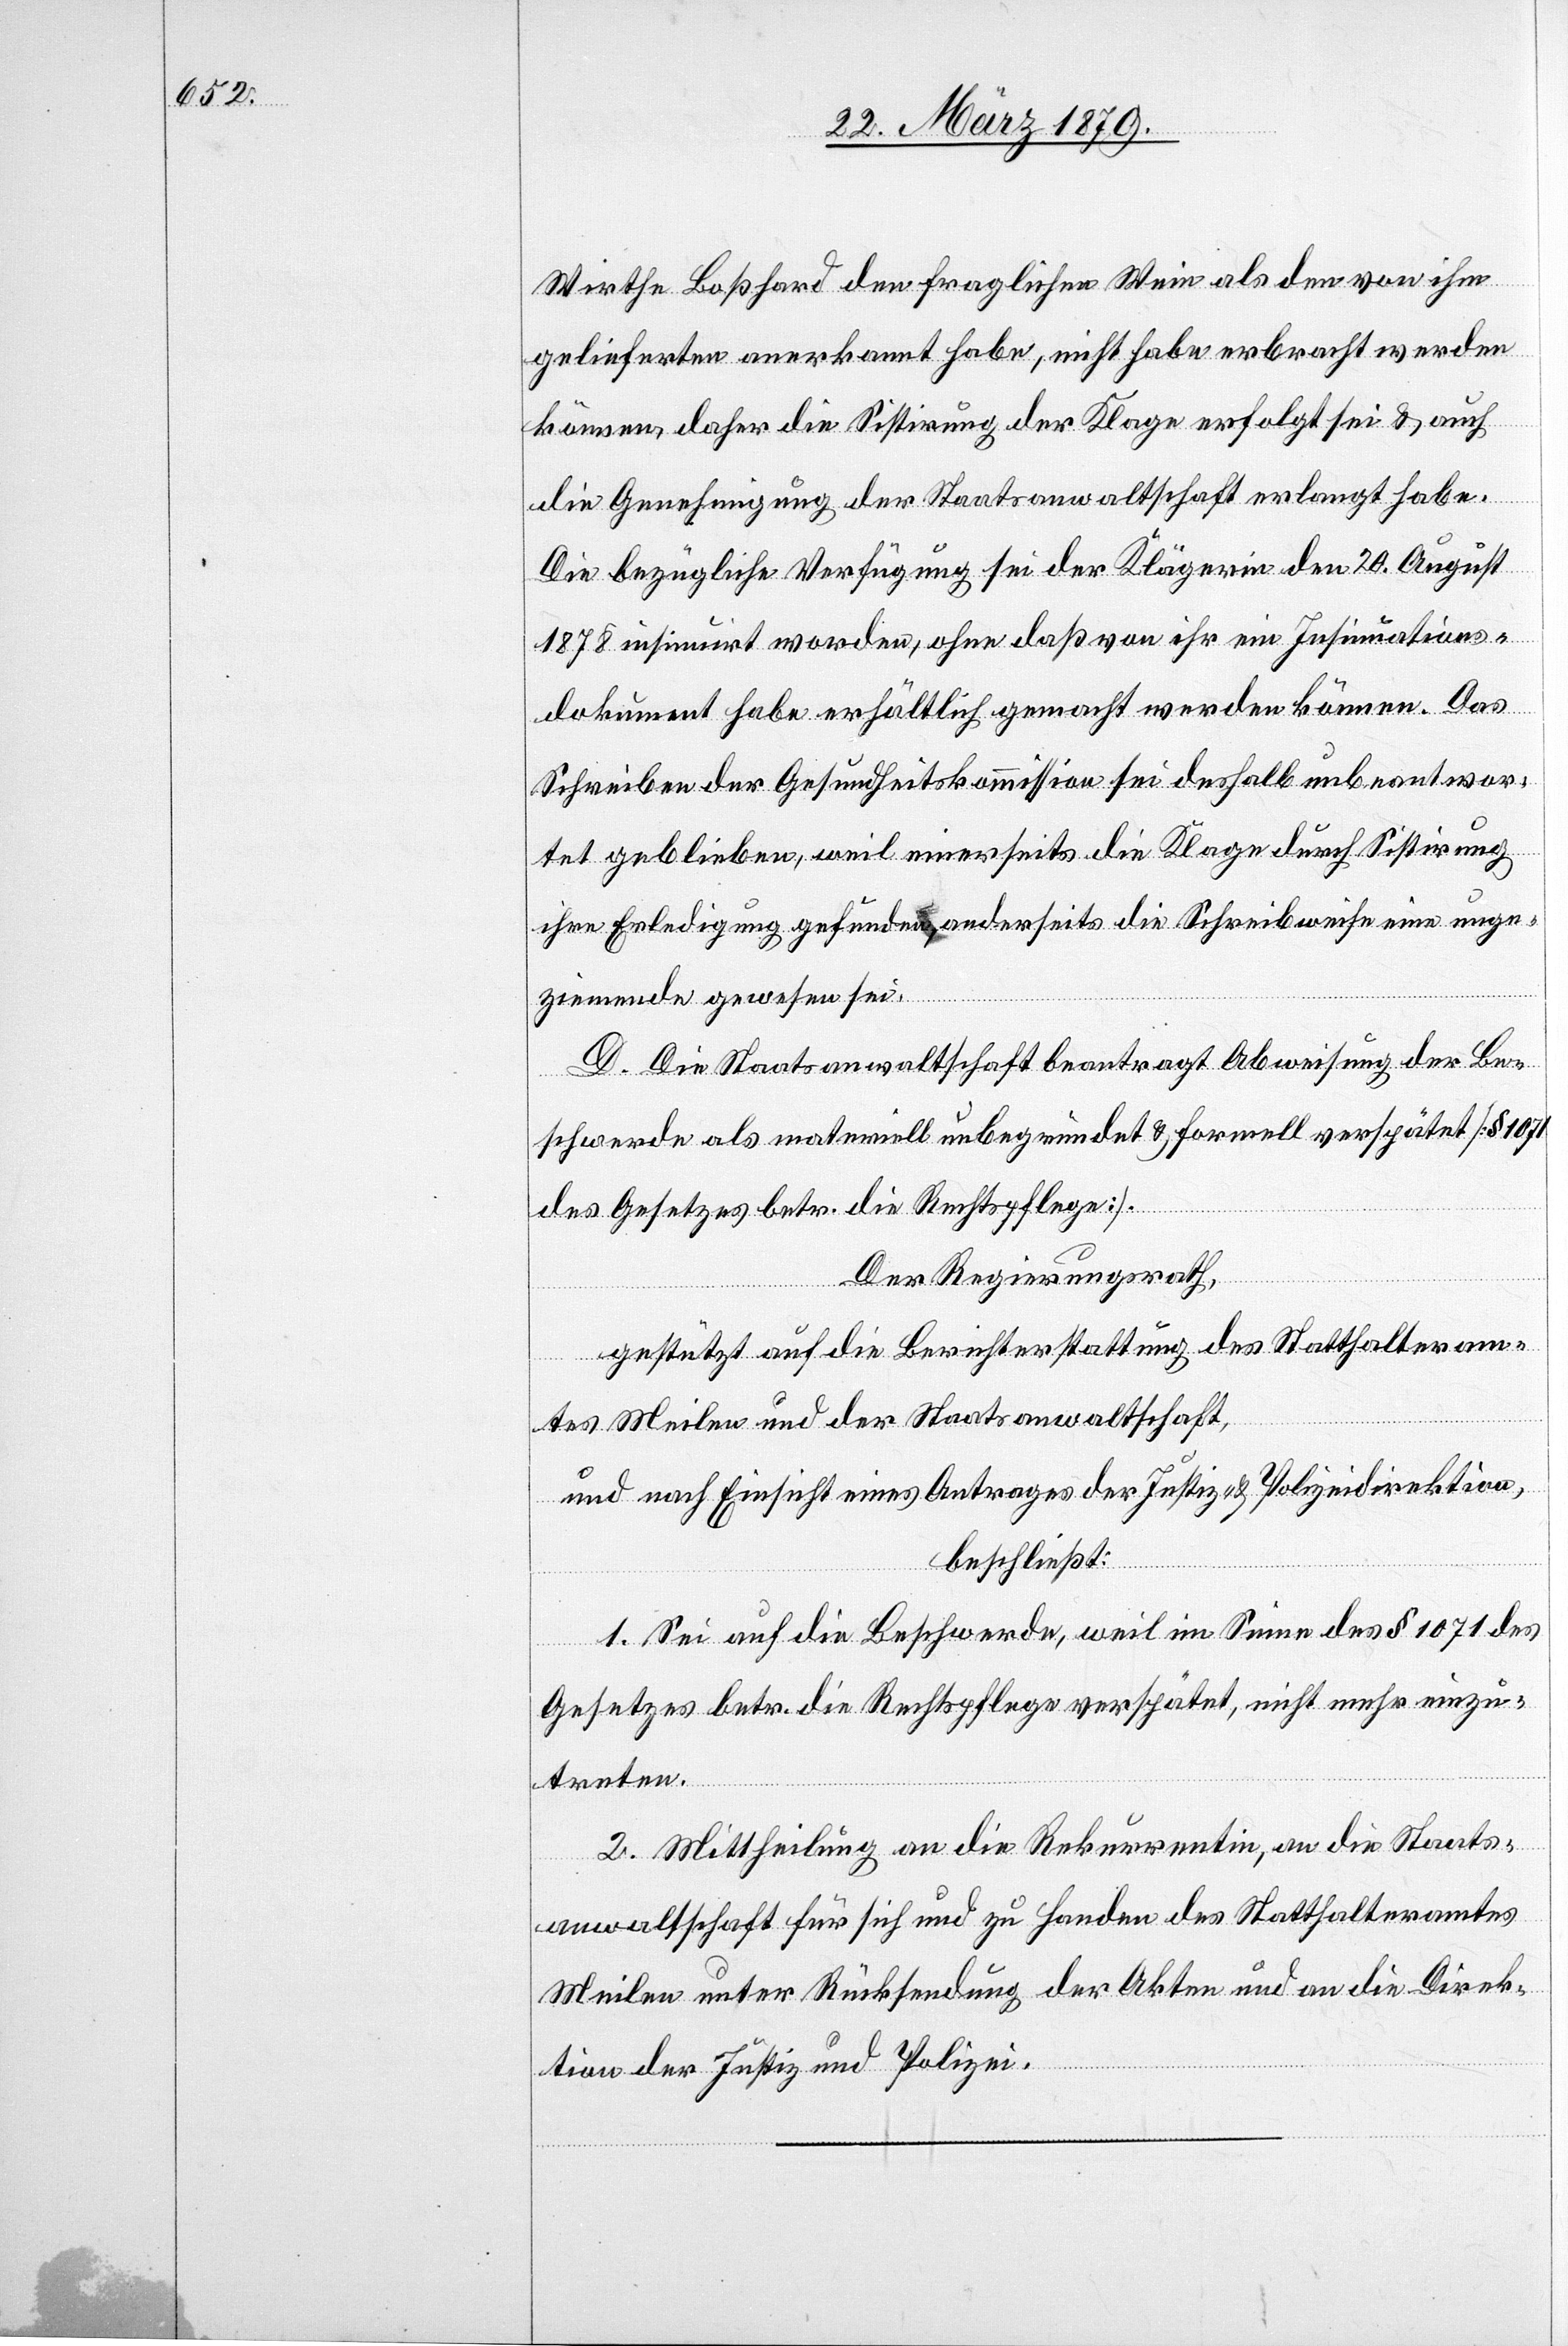
Wirthe Boßhard [sic!] den fraglichen Wein als den von ihm
gelieferten anerkannt habe, nicht habe erbracht werden
können, daher die Sistirung der Klage erfolgt sei & auch
die Genehmigung des Staatsanwaltschaft erlangt habe.
Die bezügliche Verfügung sei der Klägerin den 20. August
1878 insinuirt worden, ohne daß von ihr ein Insinuations¬
dokument habe erhältlich gemacht werden können. Das
Schreiben der Gesundheitskommission sei deshalb unbeantwor¬
tet geblieben, weil einerseits die Klage durch Sistirung
ihre Erledigung gefunden, anderseits die Schreibweise eine unge¬
ziemende gewesen sei.
D. Die Staatsanwaltschaft beantragt Abweisung der Be¬
schwerde als materiell unbegründet & formell verspätet [§ 1071
des Gesetzes betr. die Rechtspflege].
Der Regierungsrath,
gestützt auf die Berichterstattung des Statthalteram¬
tes Meilen und der Staatsanwaltschaft,
und nach Einsicht eines Antrages der Justiz- & Polizeidirektion,
beschließt:
1. Sei auf die Beschwerde, weil im Sinne des § 1071 des
Gesetzes betr. die Rechtspflege verspätet, nicht mehr einzu¬
treten.
2. Mittheilung an die Rekurrentin, an die Staats¬
anwaltschaft für sich und zu Handen des Statthalteramtes
Meilen unter Rücksendung der Akten und an die Direk¬
tion der Justiz und Polizei.